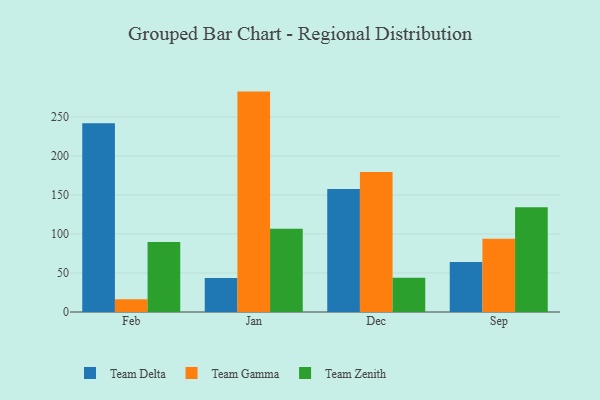
{"axis": {"x": "Month", "y": "Satisfaction Score"}, "legend": ["Team Delta", "Team Gamma", "Team Zenith"], "data": [{"x": "Feb", "y": 241.9, "type": "Team Delta"}, {"x": "Feb", "y": 16.5, "type": "Team Gamma"}, {"x": "Feb", "y": 89.6, "type": "Team Zenith"}, {"x": "Jan", "y": 43.7, "type": "Team Delta"}, {"x": "Jan", "y": 282.5, "type": "Team Gamma"}, {"x": "Jan", "y": 106.7, "type": "Team Zenith"}, {"x": "Dec", "y": 157.5, "type": "Team Delta"}, {"x": "Dec", "y": 179.3, "type": "Team Gamma"}, {"x": "Dec", "y": 44.0, "type": "Team Zenith"}, {"x": "Sep", "y": 64.0, "type": "Team Delta"}, {"x": "Sep", "y": 93.8, "type": "Team Gamma"}, {"x": "Sep", "y": 134.3, "type": "Team Zenith"}]}